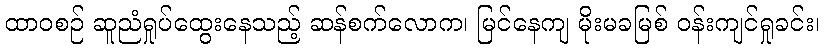
ထာဝစဉ် ဆူညံရှုပ်ထွေးနေသည့် ဆန်စက်လောက၊ မြင်နေကျ မိုးမခမြစ် ဝန်းကျင်ရှုခင်း၊